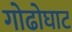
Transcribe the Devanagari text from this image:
गोढोघाट